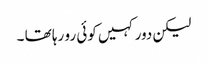
لیکن دور کہیں کوئی رو رہا تھا ۔